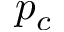
p _ { c }